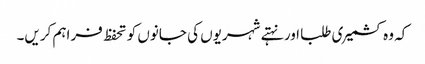
کہ وہ کشمیری طلبا اور نہتے شہریوں کی جانوں کو تحفظ فراہم کریں۔